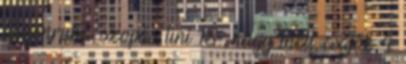
egyenruha, szopás, tini 18 , nagy mell, csajok 4